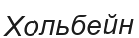
Хольбейн